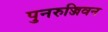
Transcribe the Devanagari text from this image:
पुनरुज्जिवन